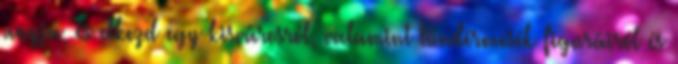
anyja, és elkezd egy kisvárosról, valamint tündérmesék figuráiról és